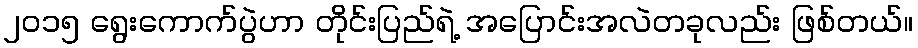
၂၀၁၅ ရွေးကောက်ပွဲဟာ တိုင်းပြည်ရဲ့ အပြောင်းအလဲတခုလည်း ဖြစ်တယ်။